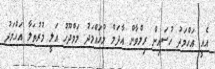
އެއީ އަހްމަދު ހުސައިން ރިލްވާން އާދަމް މުހައްމަދު މަމްދޫހު އަލީ މުރުތަލާ އަހްމަދު